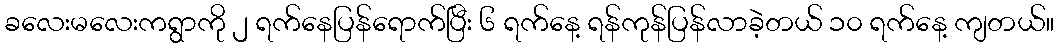
ခလေးမလေးကရွာကို ၂ ရက်နေပြန်ရောက်ပြီး ၆ ရက်နေ့ ရန်ကုန်ပြန်လာခဲ့တယ် ၁၀ ရက်နေ့ ကျတယ်။